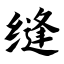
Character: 缝